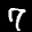
Label: 7